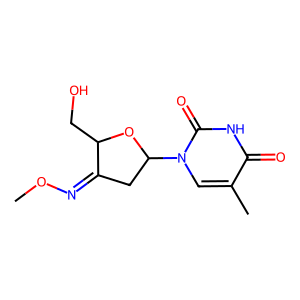
SMILES: CON=C1CC(n2cc(C)c(=O)[nH]c2=O)OC1CO
Inhibits HIV replication: No